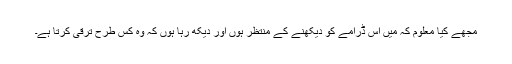
مجھے کیا معلوم کہ میں اس ڈرامے کو دیکھنے کے منتظر ہوں اور دیکھ رہا ہوں کہ وہ کس طرح ترقی کرتا ہے۔